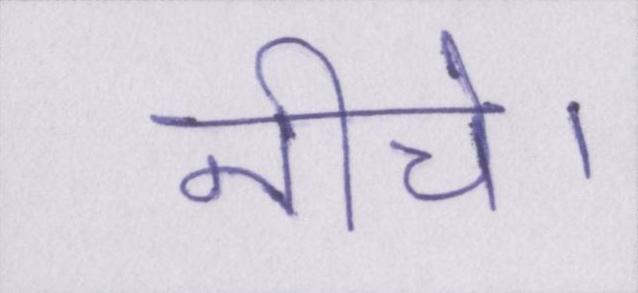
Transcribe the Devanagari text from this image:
नीचे।